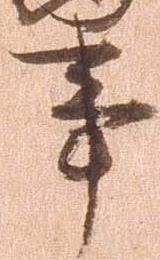
事